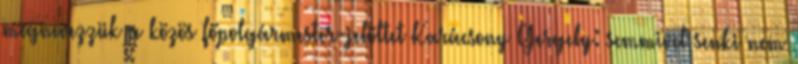
megnevezzük a közös főpolgármester-jelöltet Karácsony Gergely: semmivel senki nem